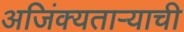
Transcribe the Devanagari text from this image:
अजिंक्‍यतार्‍याची